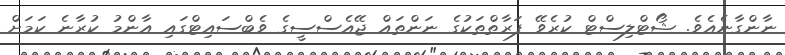
ނާންގާނެއެވެ. ޝޯޓްލިސްޓް ކުރެވޭ ފަރާތްތަކުގެ ނަންތައް ޖޭއެސްސީގެ ވެބްސައިޓްގައި އާންމު ކުރާނެ ކަމަށް